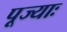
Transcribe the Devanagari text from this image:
पूज्याः